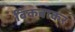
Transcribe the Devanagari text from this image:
बिकवाकर